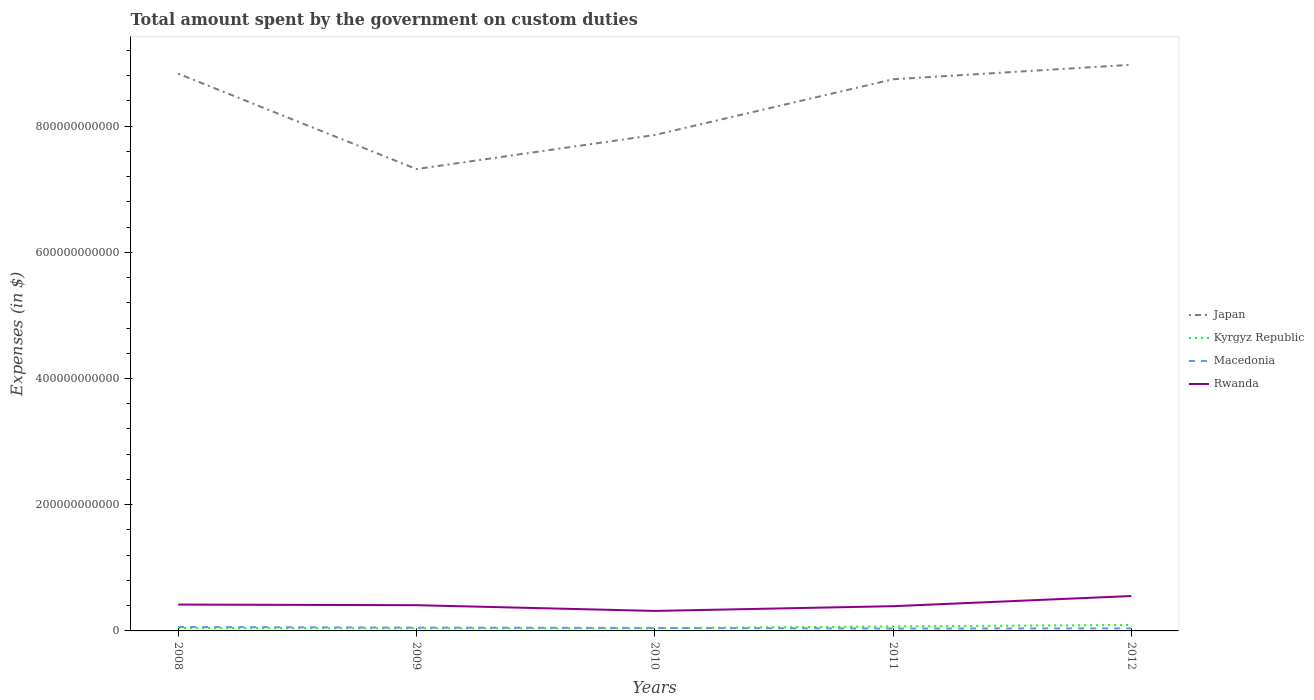
| Years | Japan | Kyrgyz Republic | Macedonia | Rwanda |
 | --- | --- | --- | --- | --- |
 | 2008 | 8.83e+11 | 4.63e+09 | 6.28e+09 | 4.18e+10 |
 | 2009 | 7.32e+11 | 4.14e+09 | 5.23e+09 | 4.08e+10 |
 | 2010 | 7.86e+11 | 4.34e+09 | 4.71e+09 | 3.17e+10 |
 | 2011 | 8.74e+11 | 7.15e+09 | 3.78e+09 | 3.92e+10 |
 | 2012 | 8.97e+11 | 9.43e+09 | 4.07e+09 | 5.53e+10 |